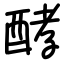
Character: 酵